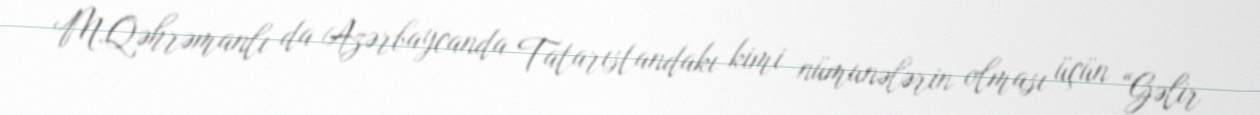
M.Qəhrəmanlı da Azərbaycanda Tatarıstandakı kimi nümunələrin olması üçün “Gəlir